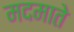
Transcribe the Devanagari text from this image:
मदमाते